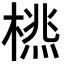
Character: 𣗮